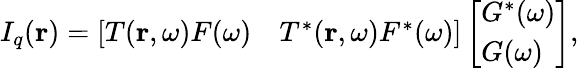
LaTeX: I_{q}(\mathbf{r})=\left[\begin{array}{ll}{T(\mathbf{r},\omega)F(\omega)}&{T^{*}(\mathbf{r},\omega)F^{*}(\omega)}\end{array}\right]\left[\begin{array}{l}{G^{*}(\omega)}\\ {G(\omega)}\end{array}\right],